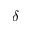
\delta